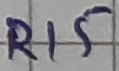
Text: R15